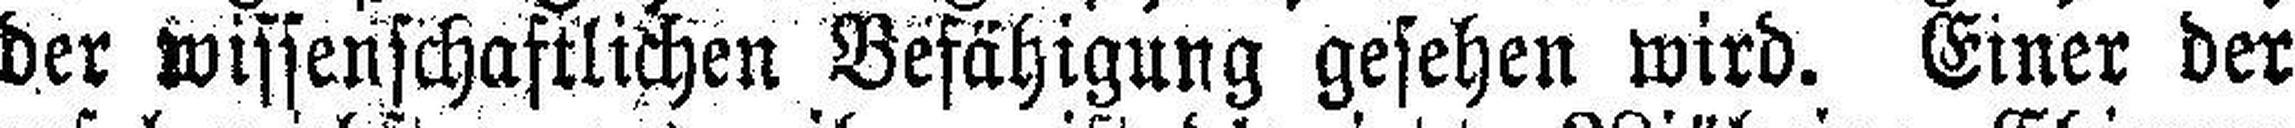
der wissenschaftlichen Befähigung gesehen wird. Einer der